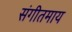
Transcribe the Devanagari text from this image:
संगीतमाय